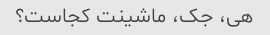
هی، جک، ماشینت کجاست؟